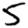
Digit: 5